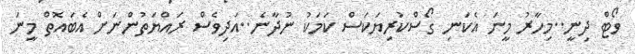
ވޯޓް ދިނީ..މިހާރު މީނަ އެކަނި ގޯސްކުރިޔަކަސް ކަމަކު ނުދާނެ..އަދިވެސް ރައްޔަތުންނަށް އެބައޮތް މީނަ